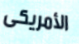
الأمريكى